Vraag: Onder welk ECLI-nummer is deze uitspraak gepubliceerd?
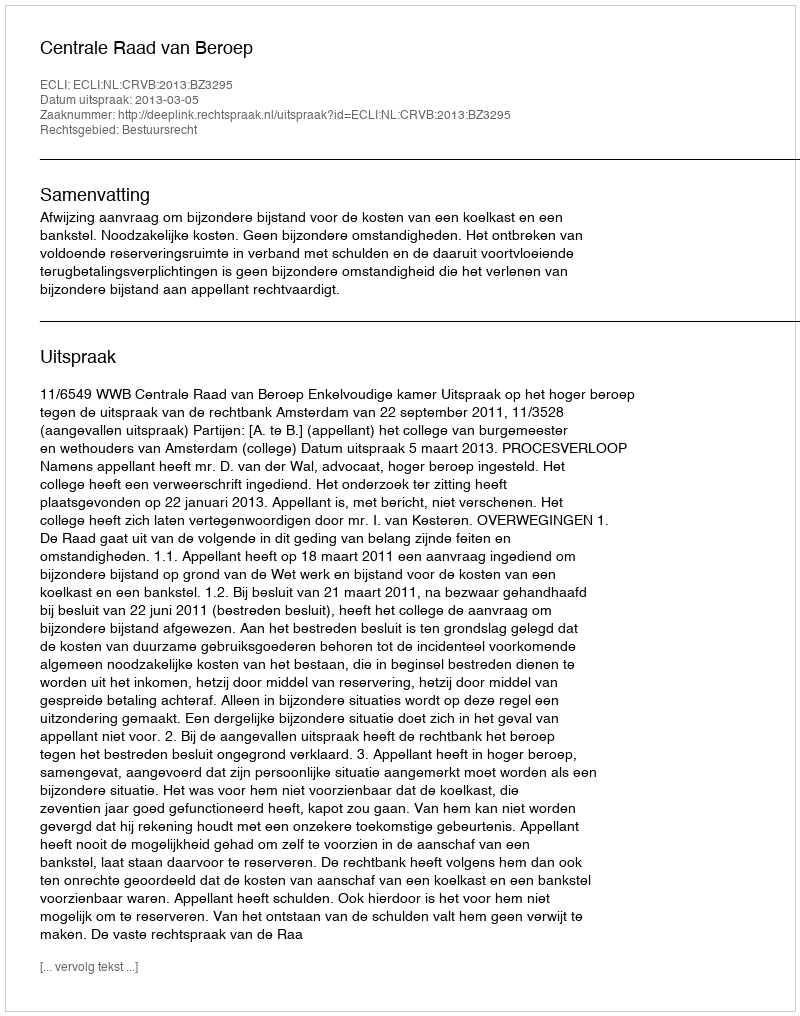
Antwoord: ECLI:NL:CRVB:2013:BZ3295